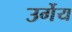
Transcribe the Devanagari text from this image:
उर्गेय